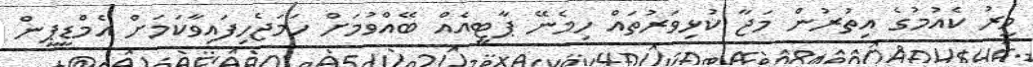
މީރު ކެއުމުގެ އިތުރުން މަޖާ ކުޅިވަރުތައް ހިމެނޭ ޕާޓީއެއް ބޭއްވުމަށް ހަމަޖެހިފައިވާކަމަށް އެމްޑީޕީން